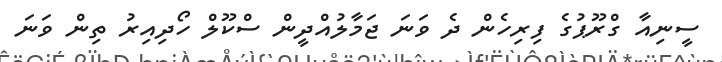
ސީނިއާ ގްރޫޕުގެ ފިރިހެން ދެ ވަނަ ޖަމާލުއްދީން ސްކޫލް ހޯދިއިރު ތިން ވަނަ